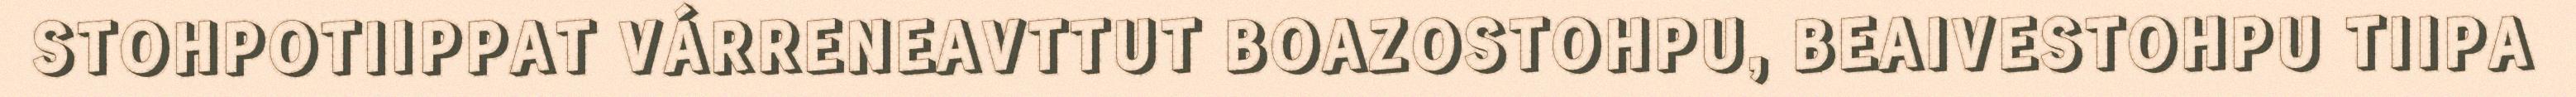
STOHPOTIIPPAT VÁRRENEAVTTUT BOAZOSTOHPU, BEAIVESTOHPU TIIPA